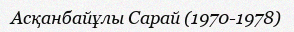
Асқанбайұлы Сарай (1970-1978)